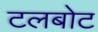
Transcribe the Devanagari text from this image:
टलबोट